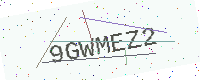
Text: 9GWMEZ2